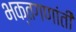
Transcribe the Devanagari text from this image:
भक्तगणांती